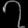
Digit: ၇